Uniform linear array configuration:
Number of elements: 48
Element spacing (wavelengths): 1
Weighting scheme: uniform
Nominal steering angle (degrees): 15
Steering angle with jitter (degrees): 13.684
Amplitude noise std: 0.05
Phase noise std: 0.05

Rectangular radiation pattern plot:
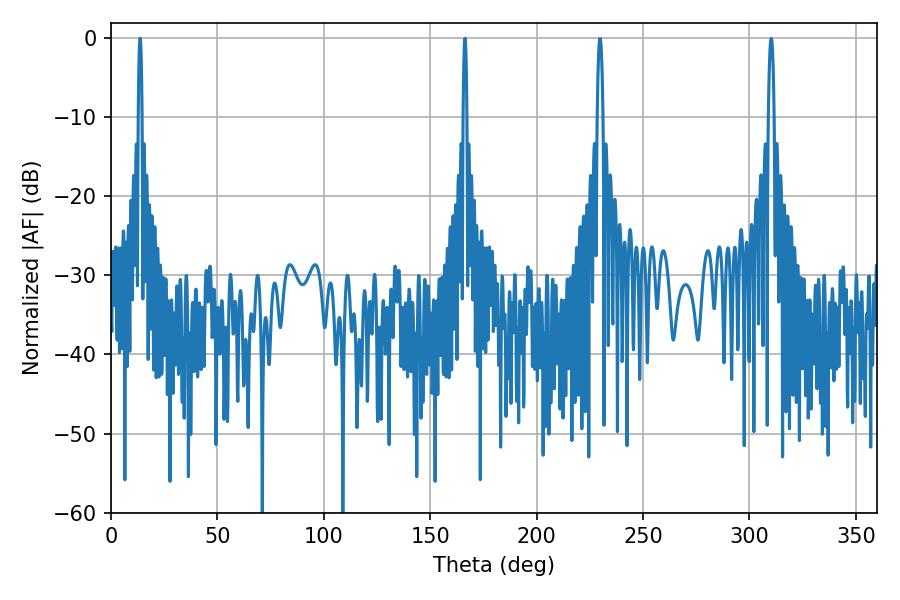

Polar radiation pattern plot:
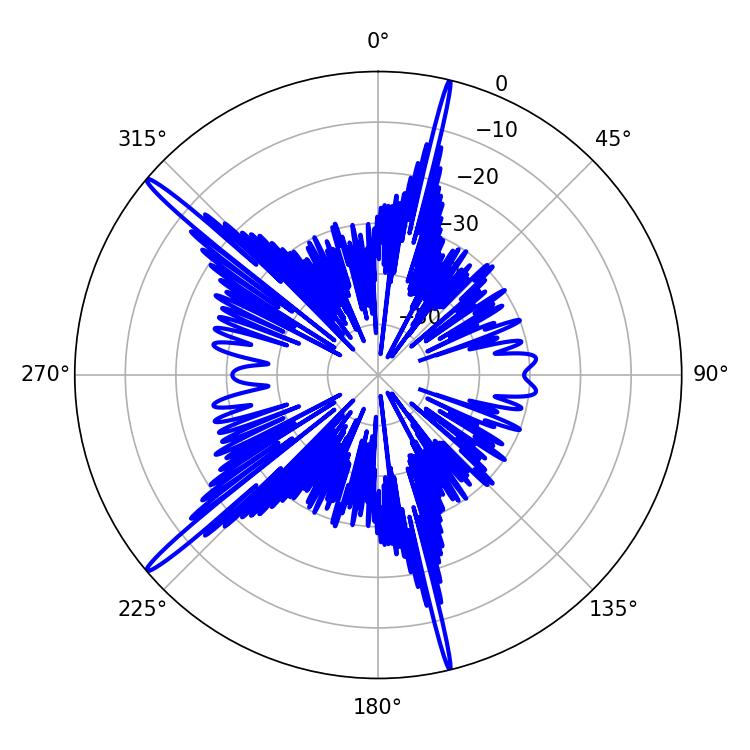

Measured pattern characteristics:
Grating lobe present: TRUE
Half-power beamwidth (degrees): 1.08
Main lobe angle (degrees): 13.68